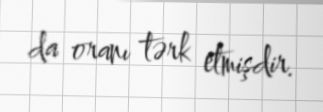
da oranı tərk etmişdir.